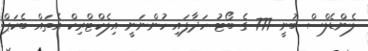
ލެންޑެލްސް ބުނީ 777 ގެ ބޯޓު ހަދާފައި ހުންނަނީ އިލެކްޓްރިކް އެތައް ބެކަޕް